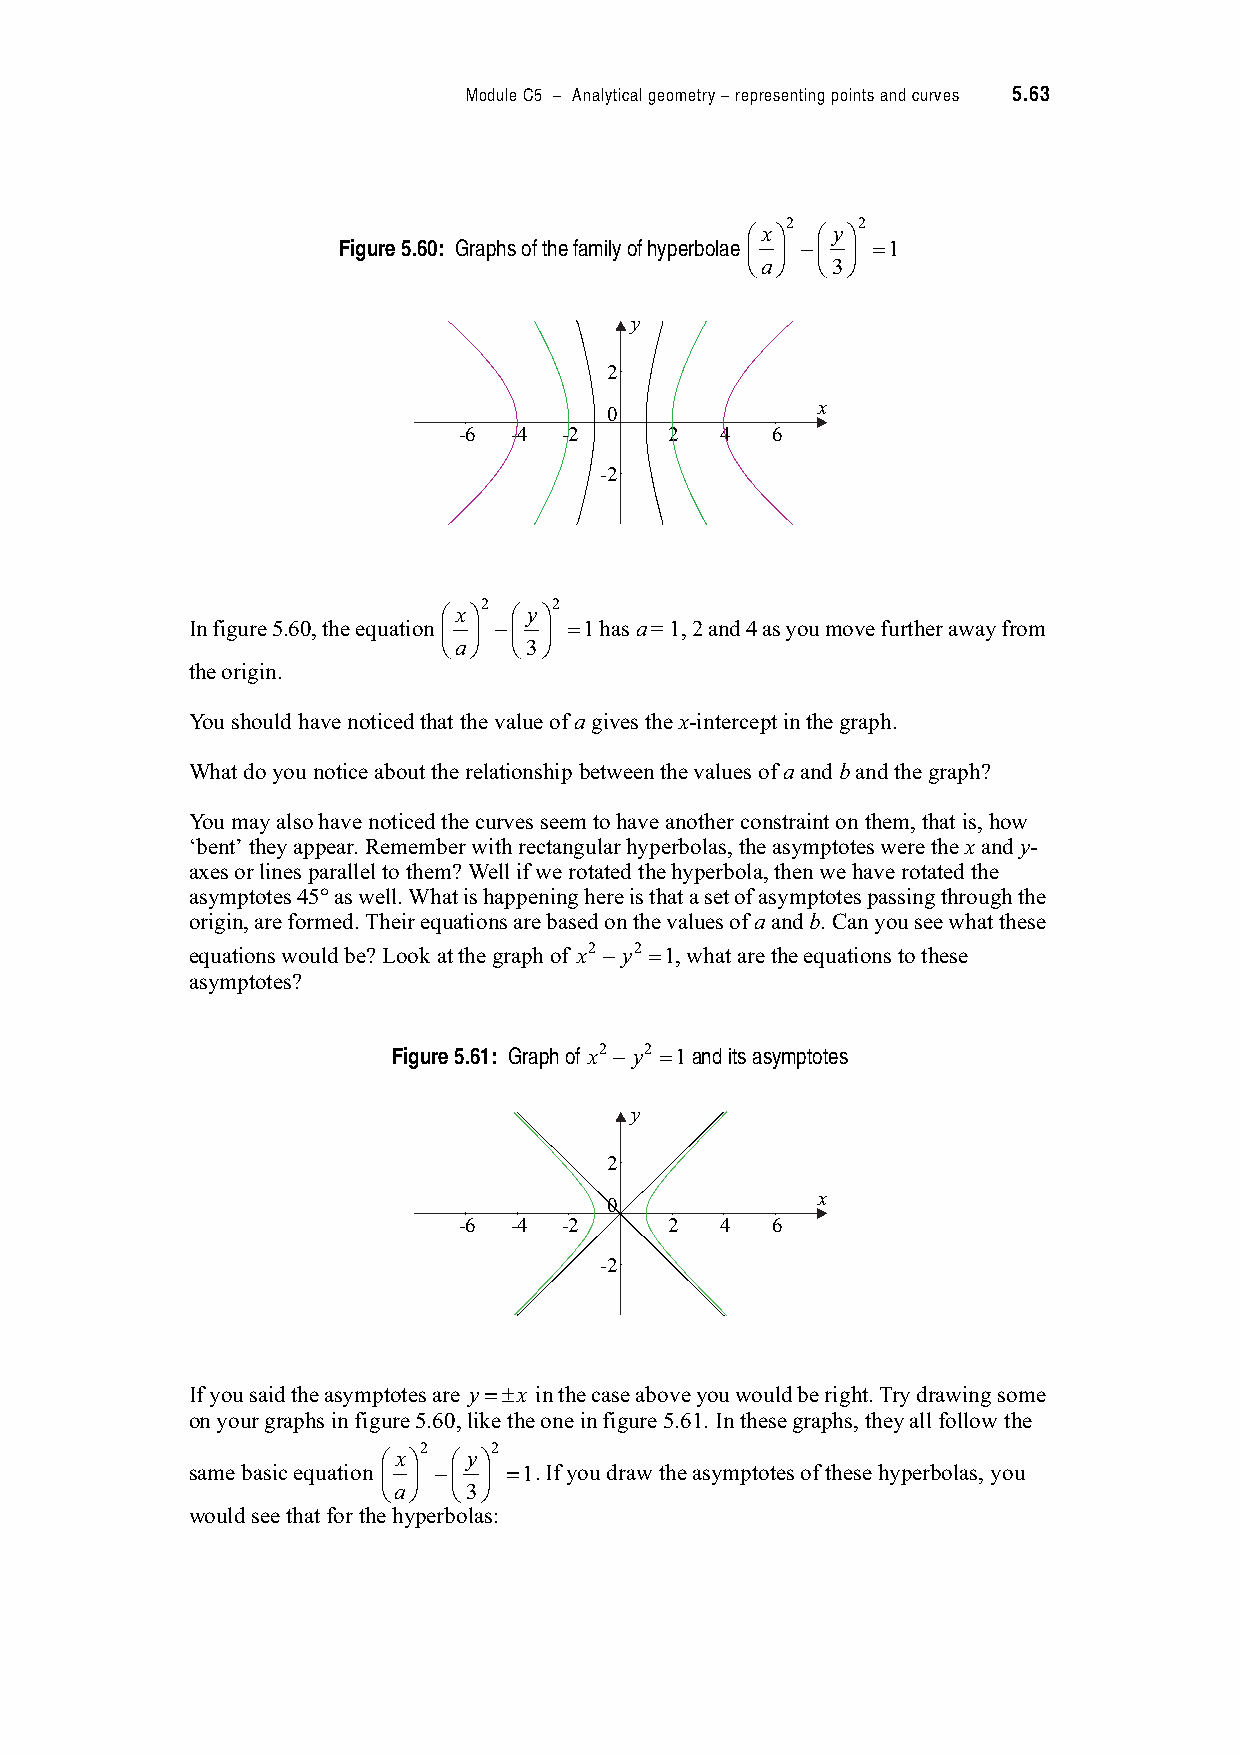
Module C5 – Analytical geometry – representing points and curves 5.63
 2    2
 $x%  $ y%
 Figure 5.60: Graphs of the family of hyperbolae & ' & ' "1
 (a)  (3)
 y
 2
 x
 0
 -6  -4 -2     2   4  6
 -2
 2    2
 $x%  $ y%
 In figure 5.60, the equation & ' & ' "1 has a = 1, 2 and 4 as you move further away from
 (a)  (3)
 the origin.
 You should have noticed that the value of a gives the x-intercept in the graph.
 What do you notice about the relationship between the values of a and b and the graph?
 You may also have noticed the curves seem to have another constraint on them, that is, how
 ‘bent’ they appear. Remember with rectangular hyperbolas, the asymptotes were the x and y-
 axes or lines parallel to them? Well if we rotated the hyperbola, then we have rotated the
 asymptotes 45! as well. What is happening here is that a set of asymptotes passing through the
 origin, are formed. Their equations are based on the values of a and b. Can you see what these
 equations would be? Look at the graph of x2 y2 "1, what are the equations to these
 asymptotes?
 Figure 5.61: Graph of x2 y2 "1 and its asymptotes
 y
 2
 x
 0
 -6  -4 -2     2   4  6
 -2
 If you said the asymptotes are y"2x in the case above you would be right. Try drawing some
 on your graphs in figure 5.60, like the one in figure 5.61. In these graphs, they all follow the
 2    2
 $x%  $ y%
 same basic equation & ' & ' "1 . If you draw the asymptotes of these hyperbolas, you
 (a)  (3)
 would see that for the hyperbolas: